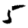
Digit: 5